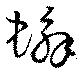
蟹